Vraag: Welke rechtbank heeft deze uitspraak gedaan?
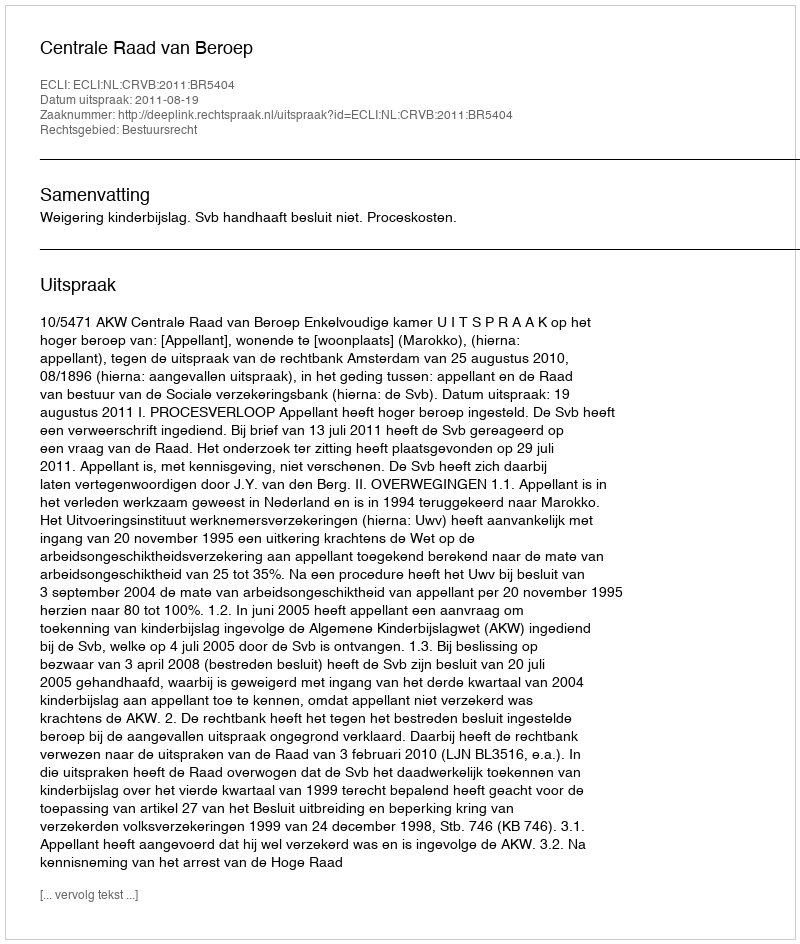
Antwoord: Centrale Raad van Beroep